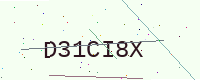
Text: D31CI8X